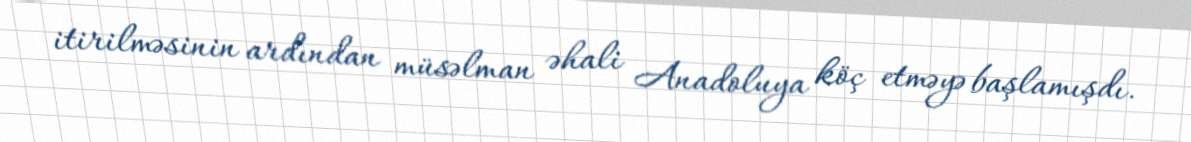
itirilməsinin ardından müsəlman əhali Anadoluya köç etməyə başlamışdı.